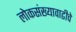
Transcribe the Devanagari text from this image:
लोकसंख्यावाढीचे